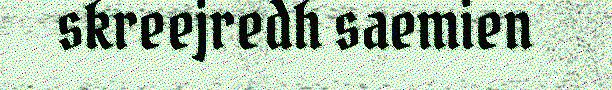
skreejredh saemien